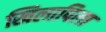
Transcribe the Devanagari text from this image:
खिलापिला